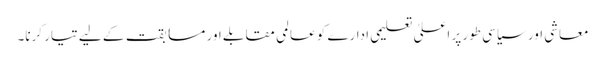
معاشی اور سیاسی طور پر اعلیٰ تعلیمی ادارے کو عالمی مقابلے اور مسابقت کے لیے تیار کرنا۔